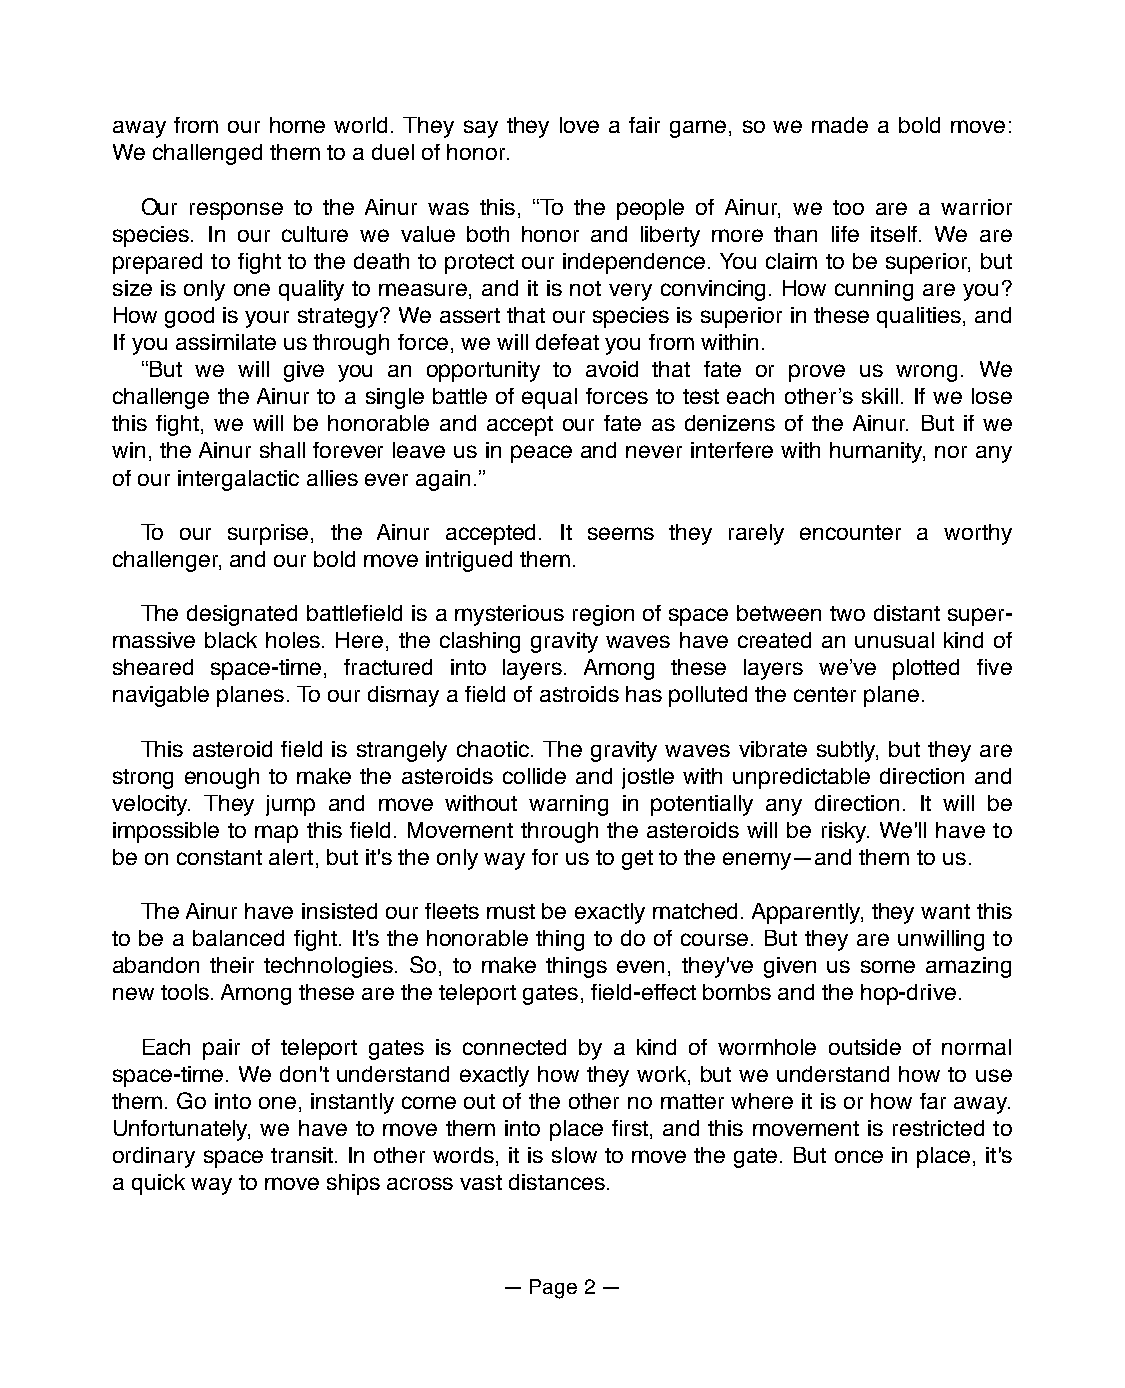
away from our home world. They say they love a fair game, so we made a bold move:
 We challenged them to a duel of honor.
 Our response to the Ainur was this, “To the people of Ainur, we too are a warrior
 species. In our culture we value both honor and liberty more than life itself. We are
 prepared to fight to the death to protect our independence. You claim to be superior, but
 size is only one quality to measure, and it is not very convincing. How cunning are you?
 How good is your strategy? We assert that our species is superior in these qualities, and
 If you assimilate us through force, we will defeat you from within.
 “But we will give you an opportunity to avoid that fate or prove us wrong. We
 challenge the Ainur to a single battle of equal forces to test each otherʼs skill. If we lose
 this fight, we will be honorable and accept our fate as denizens of the Ainur. But if we
 win, the Ainur shall forever leave us in peace and never interfere with humanity, nor any
 of our intergalactic allies ever again.”
 To our surprise, the Ainur accepted. It seems they rarely encounter a worthy
 challenger, and our bold move intrigued them.
 The designated battlefield is a mysterious region of space between two distant super-
 massive black holes. Here, the clashing gravity waves have created an unusual kind of
 sheared space-time, fractured into layers. Among these layers weʼve plotted five
 navigable planes. To our dismay a field of astroids has polluted the center plane.
 This asteroid field is strangely chaotic. The gravity waves vibrate subtly, but they are
 strong enough to make the asteroids collide and jostle with unpredictable direction and
 velocity. They jump and move without warning in potentially any direction. It will be
 impossible to map this field. Movement through the asteroids will be risky. We'll have to
 be on constant alert, but it's the only way for us to get to the enemy—and them to us.
 The Ainur have insisted our fleets must be exactly matched. Apparently, they want this
 to be a balanced fight. It's the honorable thing to do of course. But they are unwilling to
 abandon their technologies. So, to make things even, they've given us some amazing
 new tools. Among these are the teleport gates, field-effect bombs and the hop-drive.
 Each pair of teleport gates is connected by a kind of wormhole outside of normal
 space-time. We don't understand exactly how they work, but we understand how to use
 them. Go into one, instantly come out of the other no matter where it is or how far away.
 Unfortunately, we have to move them into place first, and this movement is restricted to
 ordinary space transit. In other words, it is slow to move the gate. But once in place, it's
 a quick way to move ships across vast distances.
 — Page 2 —